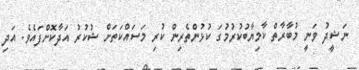
ނަޝީދު ވަނީ މުބާރާތް ކާމިޔާބުކުރުމުގަ ކުުޅުންތެރިން ކުރި މަސައްކަތަށް ޝުކުރު އަދާކޮށްފައެވެ. އަދި